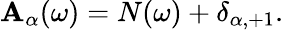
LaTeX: \mathbf{A}_{\alpha}(\omega)=N(\omega)+\delta_{\alpha,+1}.